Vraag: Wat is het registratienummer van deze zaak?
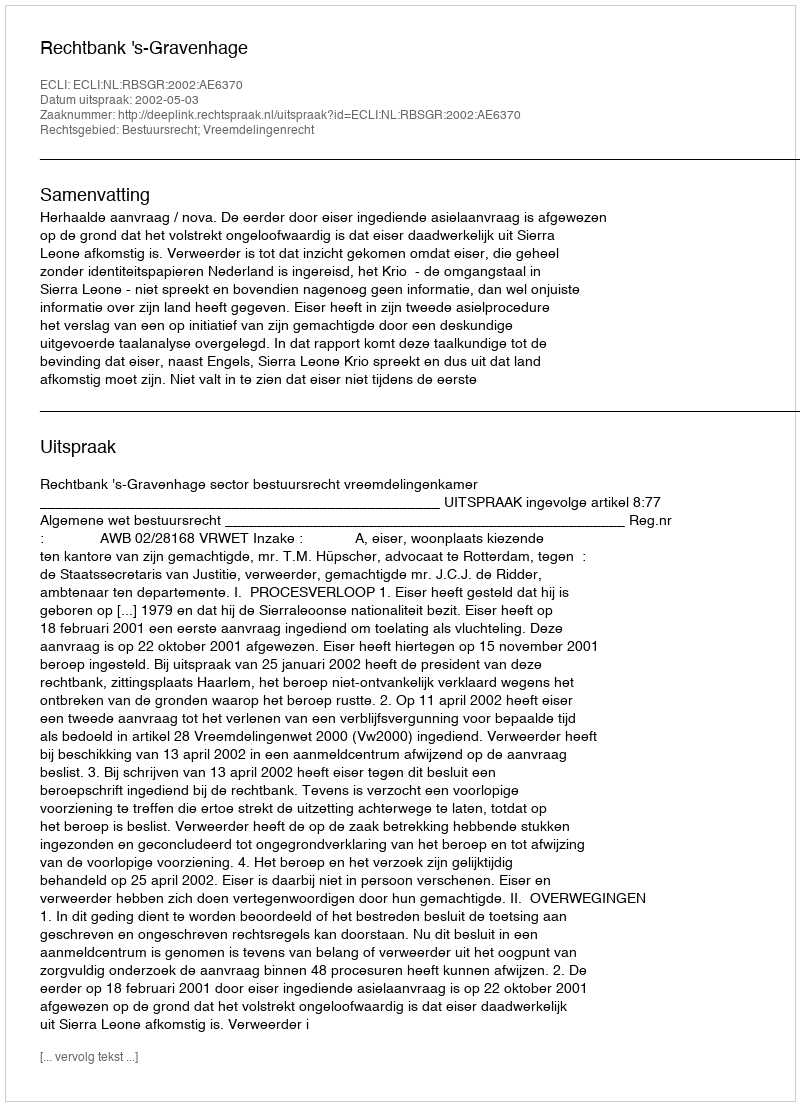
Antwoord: http://deeplink.rechtspraak.nl/uitspraak?id=ECLI:NL:RBSGR:2002:AE6370